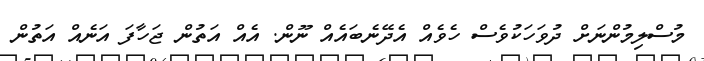
މުސްލިމުންނަށް ދުވަހަކުވެސް ހެވެއް އެދޭނެބައެއް ނޫން. އެއް އަތުން ޖަހާފަ އަނެއް އަތުން